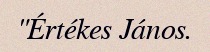
"Értékes János.